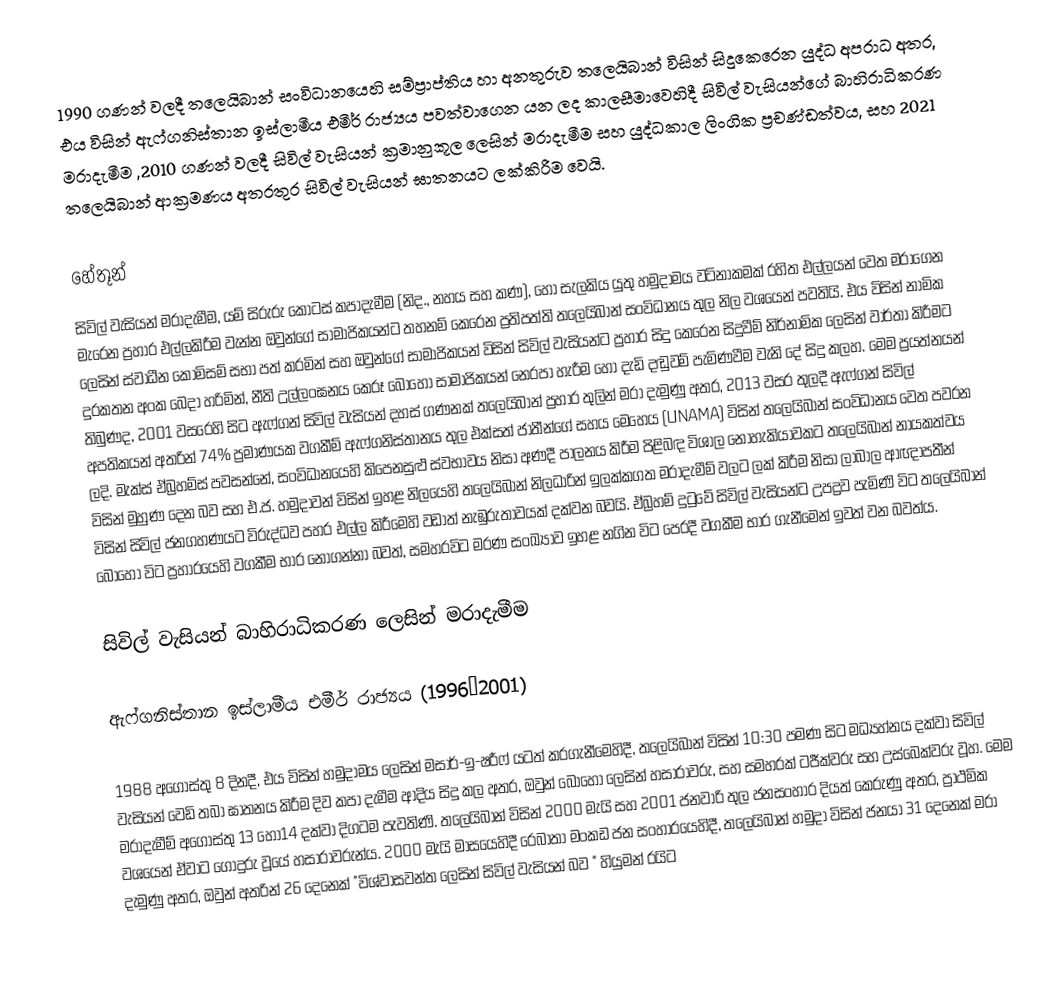
1990 ගණන් වලදී තලෙයිබාන් සංවිධානයෙහි සම්ප්‍රාප්තිය හා අනතුරුව තලෙයිබාන් විසින් සිදුකෙරෙන යුද්ධ අපරාධ අතර, එය විසින් ඇෆ්ගනිස්තාන ඉස්ලාමීය එමීර් රාජ්‍යය පවත්වාගෙන යන ලද කාලසීමාවෙහිදී සිවිල් වැසියන්ගේ බාහිරාධිකරණ මරාදැමීම ,2010 ගණන් වලදී සිවිල් වැසියන් ක්‍රමානුකූල ලෙසින් මරාදැමීම සහ  යුද්ධකාල ලිංගික ප්‍රචණ්ඩත්වය, සහ 2021 තලෙයිබාන් ආක්‍රමණය අතරතුර සිවිල් වැසියන් ඝාතනයට ලක්කිරීම වෙයි.

හේතූන්
සිවිල් වැසියන් මරාදැමීම, යම් සිරුරු කොටස් කපාදැමීම (නිද., නහය සහ කණ), හෝ සැලකිය යුතු හමුදාමය වටිනාකමක් රහිත එල්ලයන් වෙත  මරාගෙන මැරෙන ප්‍රහාර එල්ලකිරීම වැන්න ඔවුන්ගේ සාමාජිකයන්ට තහනම් කෙරෙන ප්‍රතිපත්ති තලෙයිබාන් සංවිධානය තුල නිල වශයෙන් පවතියි. එය විසින් නාමික ලෙසින් ස්වාධීන කොමිසම් සභා පත් කරමින් සහ ඔවුන්ගේ සාමාජිකයන් විසින් සිවිල් වැසියන්ට ප්‍රහාර සිදු කෙරෙන සිදුවීම් නිර්නාමික ලෙසින් වාර්තා කිරීමට දුරකතන අංක බෙදා හරිමින්, නීති උල්ලංඝනය කෙරූ බොහෝ සාමාජිකයන් නෙරපා හැරීම හෝ දැඩි දඬුවම් පැමිණවීම වැනි දේ සිදු කලහ. මෙම ප්‍රයත්නයන් තිබුණද, 2001 වසරෙහි සිට ඇෆ්ගන් සිවිල් වැසියන් දහස් ගණනක් තලෙයිබාන් ප්‍රහාර තුලින් මරා දැමුණු අතර, 2013 වසර තුලදී ඇෆ්ගන් සිවිල් අපතිකයන් අතරින්  74% ප්‍රමාණයක වගකීම් ඇෆ්ගනිස්තානය තුල එක්සත් ජාතීන්ගේ සහය මෙහෙය (UNAMA)  විසින් තලෙයිබාන් සංවිධානය වෙත පවරන ලදි. මැක්ස් ඒබ්‍රහම්ස් පවසන්නේ, සංවිධානයෙහි කිපෙනසුළු ස්වභාවය නිසා අණදී පාලනය කිරීම පිළිබඳ විශාල නොහැකියාවකට  තලෙයිබාන් නායකත්වය විසින් මුහුණ දෙන බව සහ එ.ජ. හමුදාවන් විසින් ඉහළ නිලයෙහි තලෙයිබාන් නිලධාරින්   ඉලක්කගත මරාදැමීම් වලට ලක් කිරීම නිසා  ලාබාල ආඥාපතීන් විසින් සිවිල් ජනගහණයට විරුද්ධව පහර එල්ල  කිරීමෙහි වඩාත් නැඹුරුතාවයක් දක්වන බවයි. ඒබ්‍රහම් දුටුවේ සිවිල් වැසියන්ට උපද්‍රව පැමිණි විට තලෙයිබාන් බොහෝ විට ප්‍රහාරයෙහි වගකීම භාර නොගන්නා බවත්, සමහරවිට මරණ සංඛ්‍යාව ඉහළ නගින විට පෙරදී වගකීම භාර ගැනීමෙන් ඉවත් වන බවත්ය.

සිවිල් වැසියන් බාහිරාධිකරණ ලෙසින් මරාදැමීම

ඇෆ්ගනිස්තාන ඉස්ලාමීය එමීර් රාජ්‍යය (1996–2001)

1988 අගෝස්තු 8  දිනදී, එය විසින් හමුදාමය ලෙසින් මසාර්-ඉ-ෂරීෆ් යටත් කරගැනීමෙහිදී,  තලෙයිබාන් විසින් 10:30 පමණ සිට මධ්‍යහ්නය දක්වා සිවිල් වැසියන් වෙඩි තබා ඝාතනය කිරීම දිව කපා දැමීම ආදිය සිදු කල අතර, ඔවුන් බොහෝ ලෙසින් හසාරාවරු, සහ සමහරක් ටජීක්වරු සහ උස්බෙක්වරු වූහ. මෙම මරාදැමීම් අගෝස්තු 13 හෝ14 දක්වා දිගටම පැවතිණි. තලෙයිබාන් විසින් 2000 මැයි සහ 2001 ජනවාරි තුල ජනසංහාර දියත් කෙරුණු අතර, ප්‍රාථමික වශයෙන් ඒවාට ගොදුරු වූයේ හසාරාවරුන්ය. 2000 මැයි මාසයෙහිදී  රෙබාතා මංකඩ ජන සංහාරයෙහිදී, තලෙයිබාන් හමුදා විසින් ජනයා 31 දෙනෙක් මරා දැමුණු අතර, ඔවුන් අතරින් 26 දෙනෙක් "විශ්වාසවන්ත ලෙසින් සිවිල් වැසියන් බව " හියුමන් රයිට